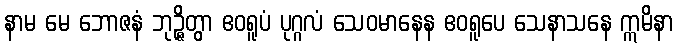
နာမ မေ ဘောဇနံ ဘုဉ္ဇိတွာ ဧဝရူပံ ပုဂ္ဂလံ သေဝမာနေန ဧဝရူပေ သေနာသနေ ဣမိနာ